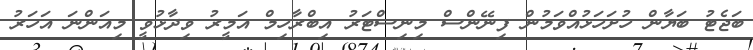
ބަޖެޓު ބަޔާން ހުށަހަޅުއްވަމުން ފިނޭންސް މިިނިސްޓަރު އިބްރާހިމް އަމީރު ވިދާޅުވީ މިއަންނަ އަހަރު